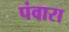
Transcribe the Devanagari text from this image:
पंवारा